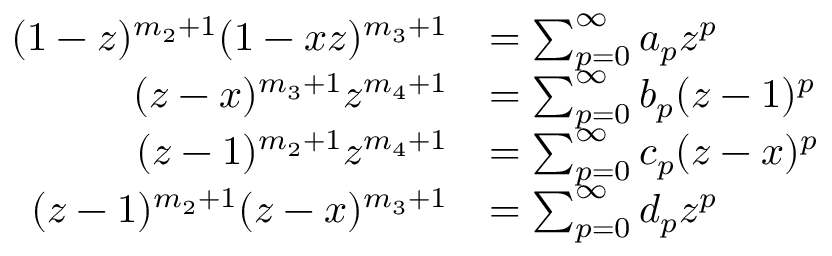
\begin{array} { r l } { ( 1 - z ) ^ { m _ { 2 } + 1 } ( 1 - x z ) ^ { m _ { 3 } + 1 } } & { = \sum _ { p = 0 } ^ { \infty } a _ { p } z ^ { p } } \\ { ( z - x ) ^ { m _ { 3 } + 1 } z ^ { m _ { 4 } + 1 } } & { = \sum _ { p = 0 } ^ { \infty } b _ { p } ( z - 1 ) ^ { p } } \\ { ( z - 1 ) ^ { m _ { 2 } + 1 } z ^ { m _ { 4 } + 1 } } & { = \sum _ { p = 0 } ^ { \infty } c _ { p } ( z - x ) ^ { p } } \\ { ( z - 1 ) ^ { m _ { 2 } + 1 } ( z - x ) ^ { m _ { 3 } + 1 } } & { = \sum _ { p = 0 } ^ { \infty } d _ { p } z ^ { p } } \end{array}